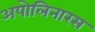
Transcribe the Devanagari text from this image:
अपोलिनारस